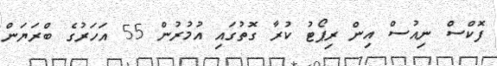
ފޮކްސް ނިއުސް އިން ރިޕޯޓު ކުރާ ގޮތުގައި އުމުރުން 55 އަހަރުގެ ބްރަޔަން